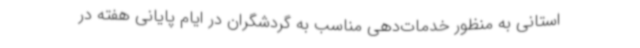
استانی به منظور خدمات‌دهی مناسب به گردشگران در ایام پایانی هفته در